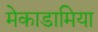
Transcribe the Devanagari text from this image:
मेकाडामिया